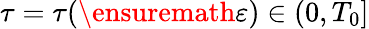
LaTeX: \tau=\tau(\ensuremath{\varepsilon})\in(0,T_{0}]